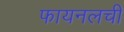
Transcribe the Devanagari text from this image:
फायनलची